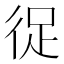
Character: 𭛬